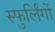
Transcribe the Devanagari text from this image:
स्फुर्लिंगों